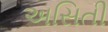
અસિતી